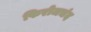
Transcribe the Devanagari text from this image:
फिरोजचंद